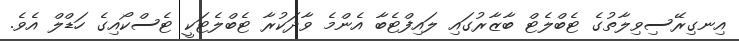
އިނގިރޭސިވިލާތުގެ ޓެބްލެޓް ބާޒާރުގައި ލައިފްޓެބާ އެންމެ ވާދަކުރާ ޓެބްލެޓަކީ ޓެސްކޯއިގެ ހަޑްލް އެވެ.